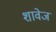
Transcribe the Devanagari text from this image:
शावेज